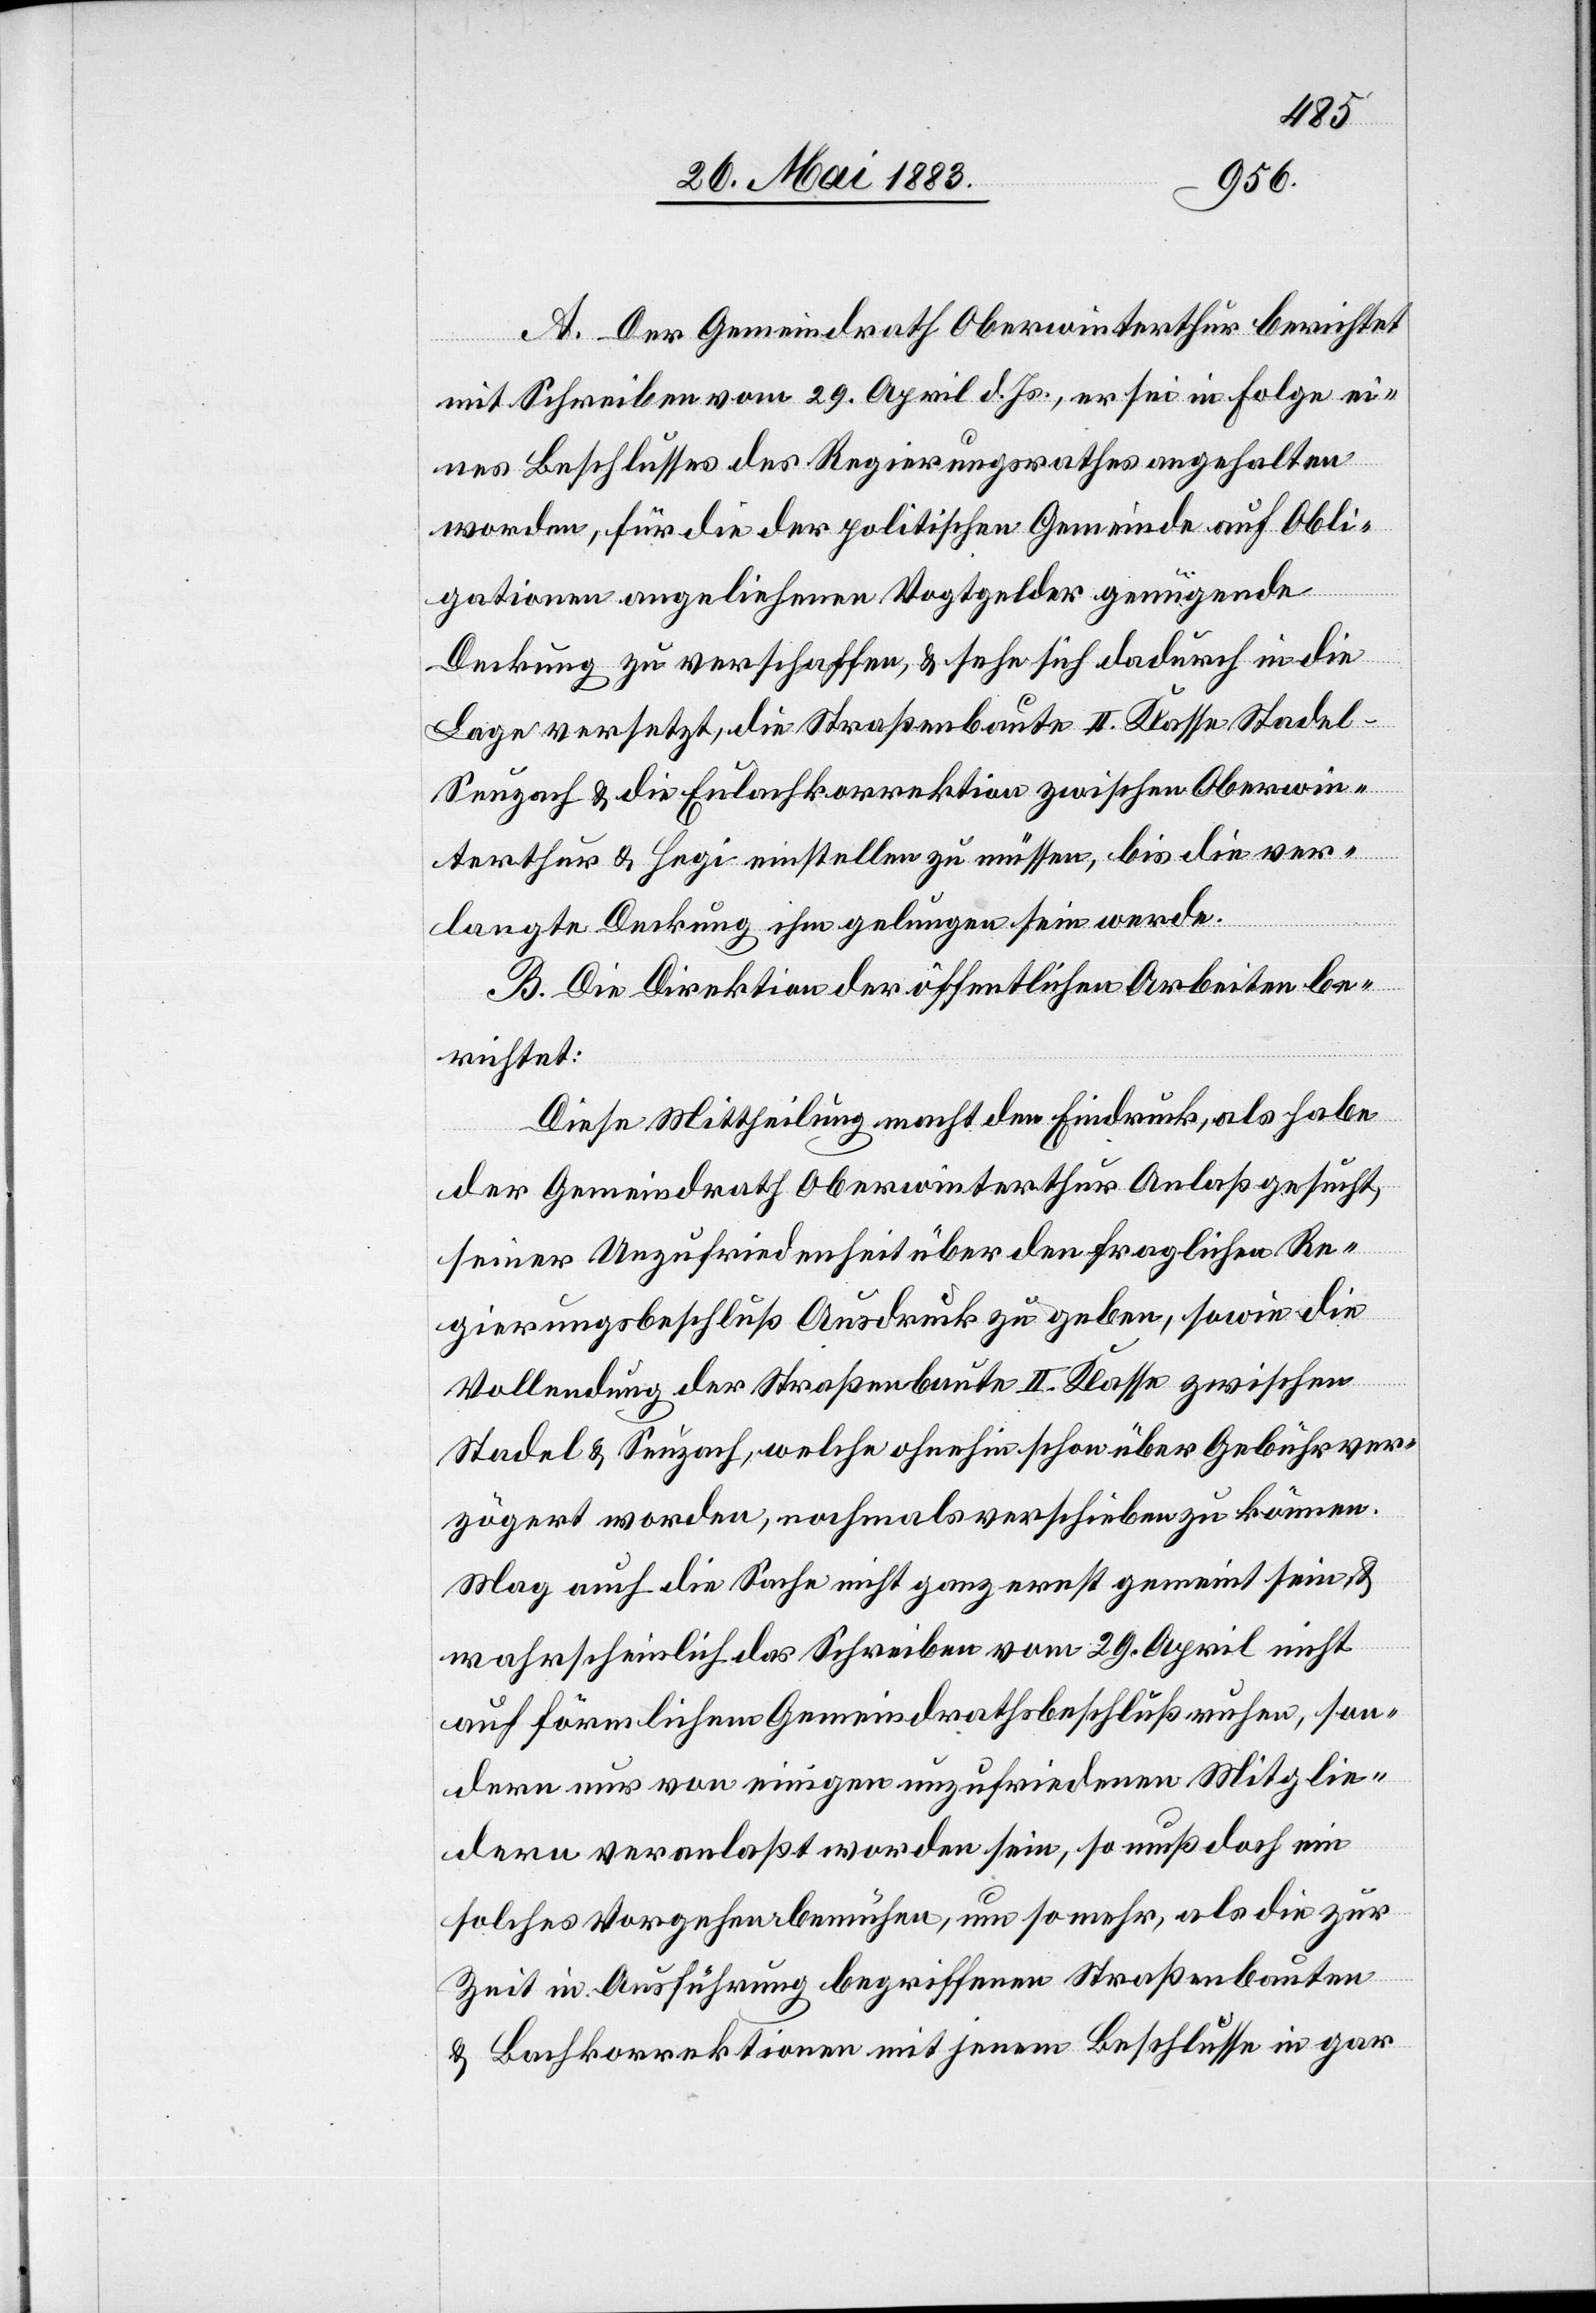
A. Der Gemeindrath Oberwinterthur berichtet
mit Schreiben vom 29. April d. Js., er sei in Folge ei¬
nes Beschlusses des Regierungsrathes angehalten
worden, für die der politischen Gemeinde auf Obli¬
gationen angeliehenen Vogtgelder genügende
Deckung zu verschaffen, & sehe sich dadurch in die
Lage versetzt, die Straßenbaute II. Klasse Stade¬
l–Seuzach & die Eulachkorrektion zwischen Oberwin¬
terthur & Hegi einstellen zu müssen, bis die ver¬
langte Deckung ihm gelungen sein werde.
B. Die Direktion der öffentlichen Arbeiten be¬
richtet:
Diese Mittheilung macht den Eindruck, als habe
der Gemeindrath Oberwinterthur Anlaß gesucht,
seiner Unzufriedenheit über den fraglichen Re¬
gierungsbeschluß Ausdruck zu geben, sowie die
Vollendung der Straßenbaute II. Klasse zwischen
Stadel & Seuzach, welche ohnehin schon über Gebühr ver¬
zögert worden, nochmals verschieben zu können.
Mag auch die Sache nicht ganz ernst gemeint sein, &
wahrscheinlich das Schreiben vom 29. April nicht
auf förmlichem Gemeindrathsbeschluß ruhen, son¬
dern nur von einigen unzufriedenen Mitglie¬
dern veranlaßt worden sein, so muß doch ein
solches Vorgehen bemühen, um so mehr, als die zur
Zeit in Ausführung begriffenen Straßenbauten
& Bachkorrektionen mit jenem Beschlusse in gar